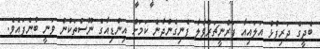
ބެދީގެ ދަރިފުޅު އަލައިއާ ފަރްނީޗަރުވާލާ ފެނިގެންދާނެ ކަމަށް އިންޑިއާގެ ނޫސްތަކުން ވަނީ ބުނެފައެވެ.